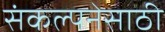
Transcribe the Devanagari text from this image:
संकल्पनेसाठी